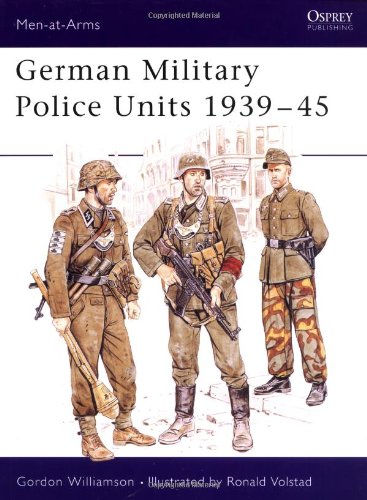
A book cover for German Military Police Units 1939-45 (Men-at-Arms); Gordon Williamson; History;